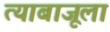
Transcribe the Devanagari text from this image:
त्याबाजूला